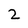
Character: 2